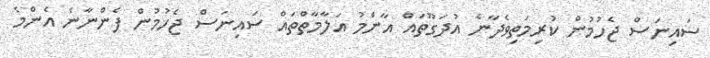
ސައިނަސް ޖެހުމުން ކުރިމަތިވެދާނެ އުދަގޫތައް އާންމު އަލާމާތްތައް ސައިނަސް ޖެހުމުން ފެންނާނެ އެންމެ